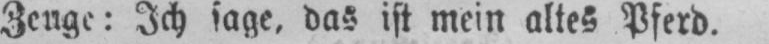
Zeuge: Ich sage, das ist mein altes Pferd.